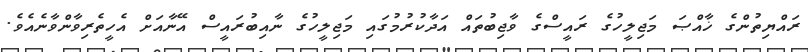
ރައްޔިތުންގެ ޚާއްޞަ މަޖިލީހުގެ ރައީސްގެ ވާޖިބުތައް އަދާކުރުމުގައި މަޖިލީހުގެ ނާއިބުރައީސް އޭނާއަށް އެހީތެރިވާންވާނެއެވެ.